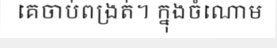
គេចាប់ពង្រត់។ ក្នុងចំណោម